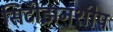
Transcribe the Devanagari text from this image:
सिटीझनशीप